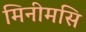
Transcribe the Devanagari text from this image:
मिनीमसि